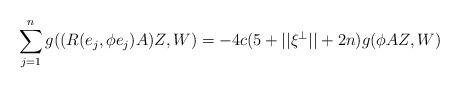
LaTeX: \begin{align*}\sum^n_{j=1}g( (R(e_j,\phi e_j)A)Z,W)=-4c(5+||\xi^\perp||+2n)g(\phi AZ,W)\end{align*}